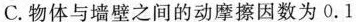
C.物体与墙壁之间的动摩擦因数为0.1